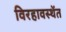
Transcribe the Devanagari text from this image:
विरहावस्थेंत